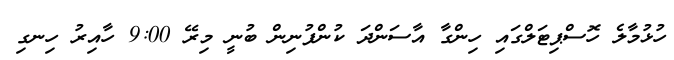
ހުޅުމާލެ ހޮސްޕިޓަލްގައި ހިންގާ އާސަންދަ ކުންފުނިން ބުނީ މިރޭ 9:00 ހާއިރު ހިނގި